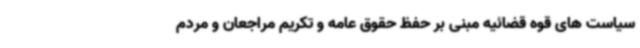
سیاست های قوه قضائیه مبنی بر حفظ حقوق عامه و تکریم مراجعان و مردم